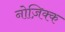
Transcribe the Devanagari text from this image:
नोज़िक्क